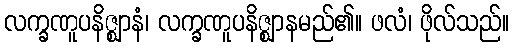
လက္ခဏူပနိဇ္ဈာနံ၊ လက္ခဏူပနိဇ္ဈာနမည်၏။ ဖလံ၊ ဖိုလ်သည်။